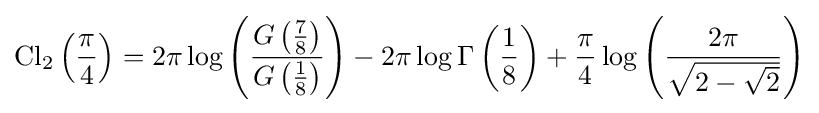
\operatorname {Cl} _{2}\left({\frac {\pi }{4}}\right)=2\pi \log \left({\frac {G\left({\frac {7}{8}}\right)}{G\left({\frac {1}{8}}\right)}}\right)-2\pi \log \Gamma \left({\frac {1}{8}}\right)+{\frac {\pi }{4}}\log \left({\frac {2\pi }{\sqrt {2-{\sqrt {2}}}}}\right)